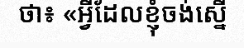
ថា៖ «អ្វីដែលខ្ញុំចង់ស្នើ